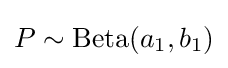
P\sim {\text{Beta}}(a_{1},b_{1})